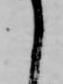
て